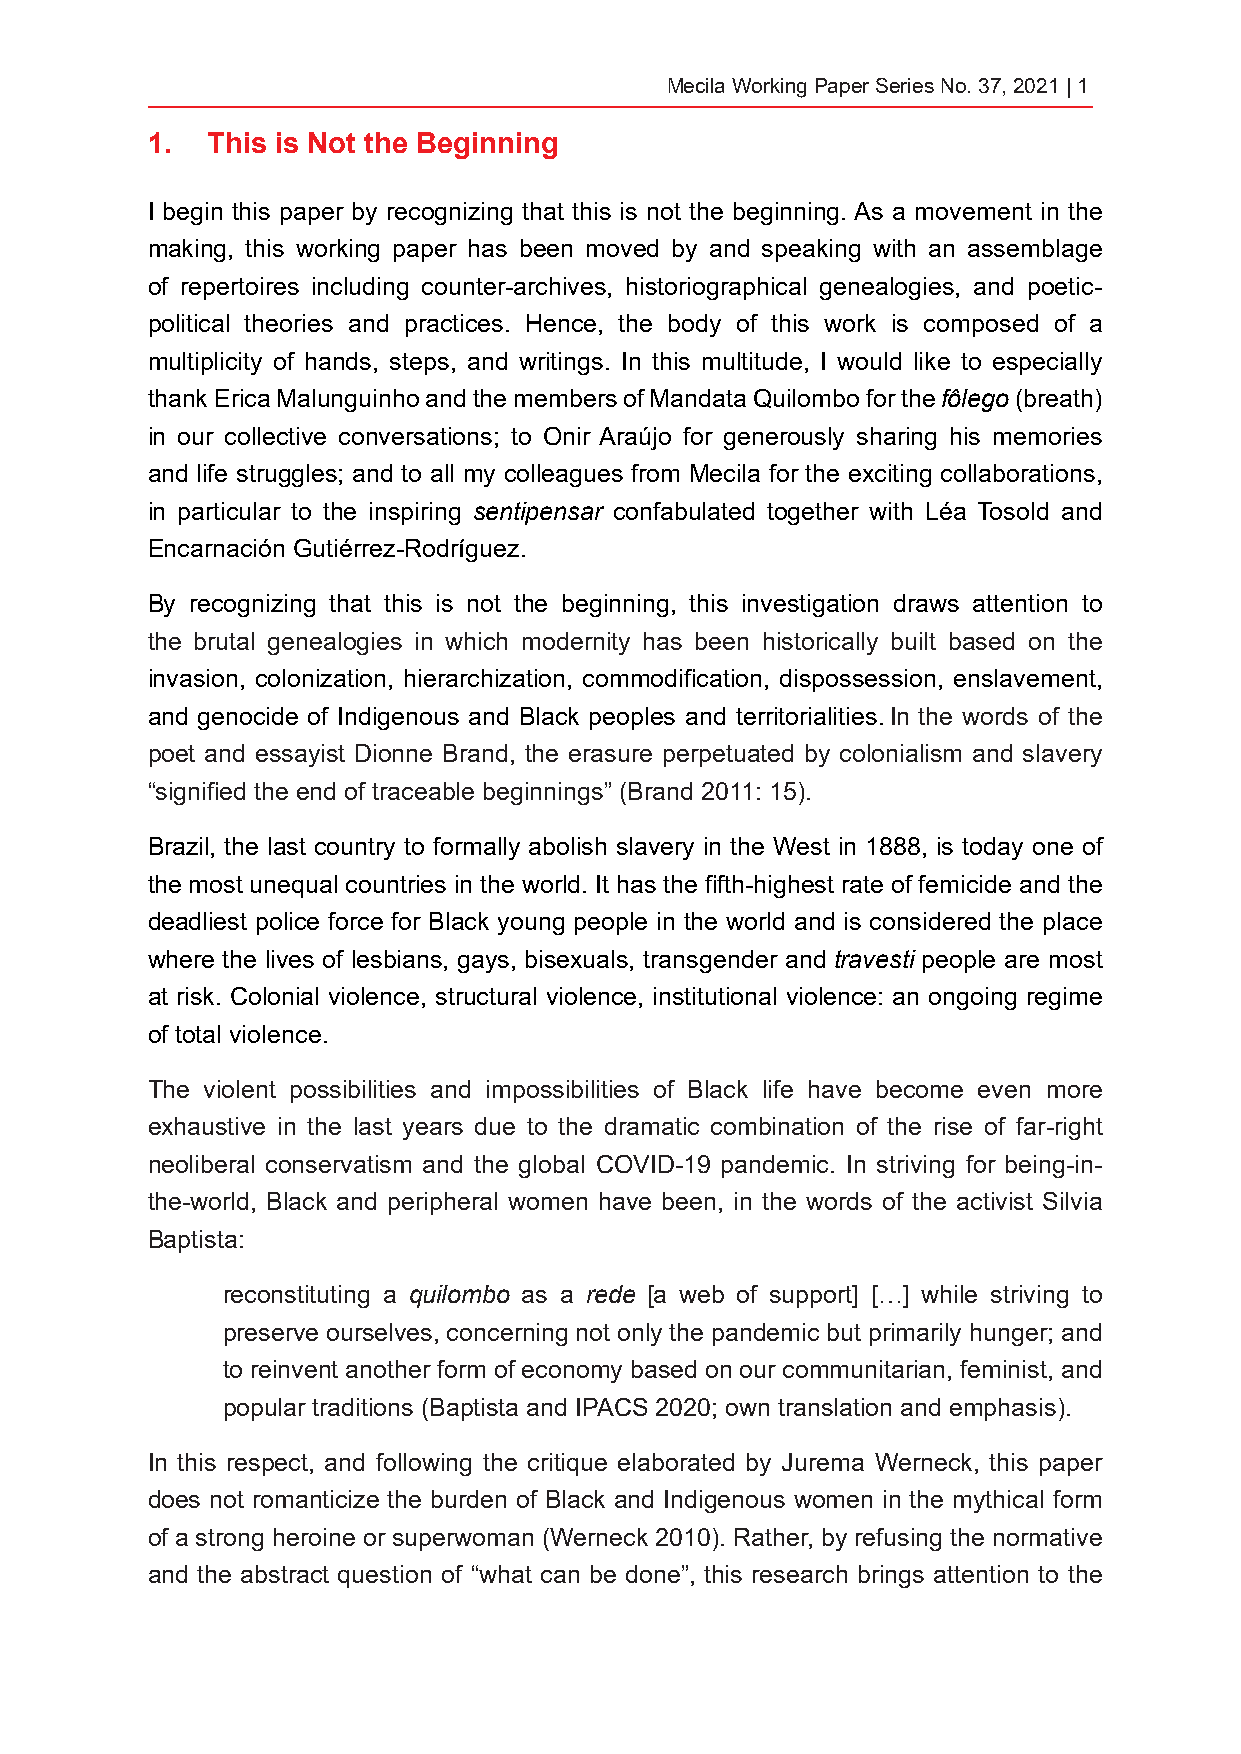
Mecila Working Paper Series No. 37, 2021 | 1
 1.  This is Not the Beginning
 I begin this paper by recognizing that this is not the beginning. As a movement in the
 making, this working paper has been moved by and speaking with an assemblage
 of repertoires including counter-archives, historiographical genealogies, and poetic-
 political theories and practices. Hence, the body of this work is composed of a
 multiplicity of hands, steps, and writings. In this multitude, I would like to especially
 thank Erica Malunguinho and the members of Mandata Quilombo for the fôlego (breath)
 in our collective conversations; to Onir Araújo for generously sharing his memories
 and life struggles; and to all my colleagues from Mecila for the exciting collaborations,
 in particular to the inspiring sentipensar confabulated together with Léa Tosold and
 Encarnación Gutiérrez-Rodríguez.
 By recognizing that this is not the beginning, this investigation draws attention to
 the brutal genealogies in which modernity has been historically built based on the
 invasion, colonization, hierarchization, commodification, dispossession, enslavement,
 and genocide of Indigenous and Black peoples and territorialities. In the words of the
 poet and essayist Dionne Brand, the erasure perpetuated by colonialism and slavery
 “signified the end of traceable beginnings” (Brand 2011: 15).
 Brazil, the last country to formally abolish slavery in the West in 1888, is today one of
 the most unequal countries in the world. It has the fifth-highest rate of femicide and the
 deadliest police force for Black young people in the world and is considered the place
 where the lives of lesbians, gays, bisexuals, transgender and travesti people are most
 at risk. Colonial violence, structural violence, institutional violence: an ongoing regime
 of total violence.
 The violent possibilities and impossibilities of Black life have become even more
 exhaustive in the last years due to the dramatic combination of the rise of far-right
 neoliberal conservatism and the global COVID-19 pandemic. In striving for being-in-
 the-world, Black and peripheral women have been, in the words of the activist Silvia
 Baptista:
 reconstituting a quilombo as a rede [a web of support] […] while striving to
 preserve ourselves, concerning not only the pandemic but primarily hunger; and
 to reinvent another form of economy based on our communitarian, feminist, and
 popular traditions (Baptista and IPACS 2020; own translation and emphasis).
 In this respect, and following the critique elaborated by Jurema Werneck, this paper
 does not romanticize the burden of Black and Indigenous women in the mythical form
 of a strong heroine or superwoman (Werneck 2010). Rather, by refusing the normative
 and the abstract question of “what can be done”, this research brings attention to the